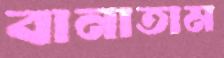
বানাতাম